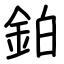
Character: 鉑